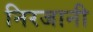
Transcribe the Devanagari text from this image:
निरजानी